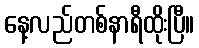
နေ့လည်တစ်နာရီထိုးပြီ။